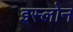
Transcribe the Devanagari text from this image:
इस्लोन